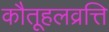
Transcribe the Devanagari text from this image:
कौतूहलव्रत्ति